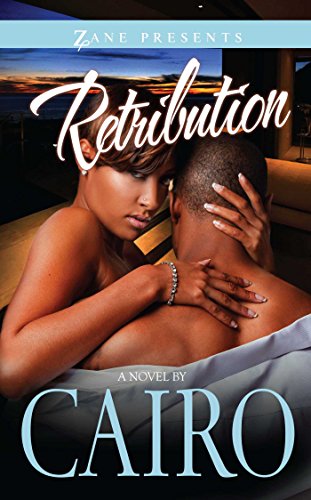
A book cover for Retribution: Deep Throat Diva 2; Cairo; Romance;